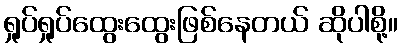
ရှုပ်ရှုပ်ထွေးထွေးဖြစ်နေတယ် ဆိုပါစို့။